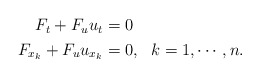
\begin{align*} \begin{aligned}F_t + F_u u_t &= 0 \\F_{x_k} + F_u u_{x_k} &=0, ~~ k=1, \cdots, n.\end{aligned}\end{align*}